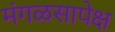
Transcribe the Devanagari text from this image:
मंगळसापेक्ष